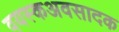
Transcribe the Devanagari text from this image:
वयस्कअवसादक